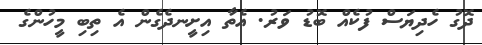
ދޮގު ހެދިޔަސް ފުކެއް ބޮޑު ވަރު. އެތާ އިށީނދެގެން އެ ތިބި މީހުންގެ